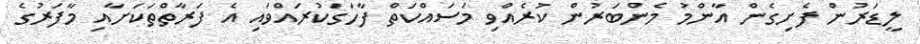
ލީޑަރުން ފެށިގެން އާންމު މެންބަރުން ކުރެއްވި މަސައްކަތް ފާހަގަކުރައްވައި އެ ފަރާތްތަކަށާއި މާފަރުގެ